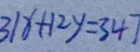
3 1 x + 1 2 y = 3 4 7